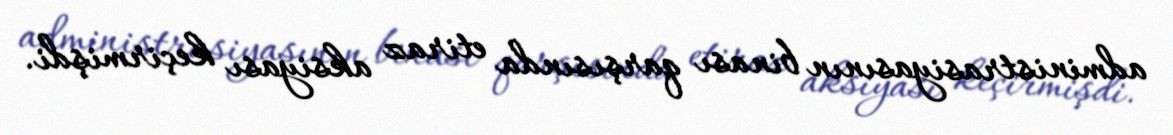
administrasiyasının binası qarşısında etiraz aksiyası keçirmişdi.